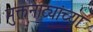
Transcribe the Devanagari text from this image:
मुक्तनाट्यांच्या